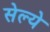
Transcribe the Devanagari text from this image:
सेल्ये